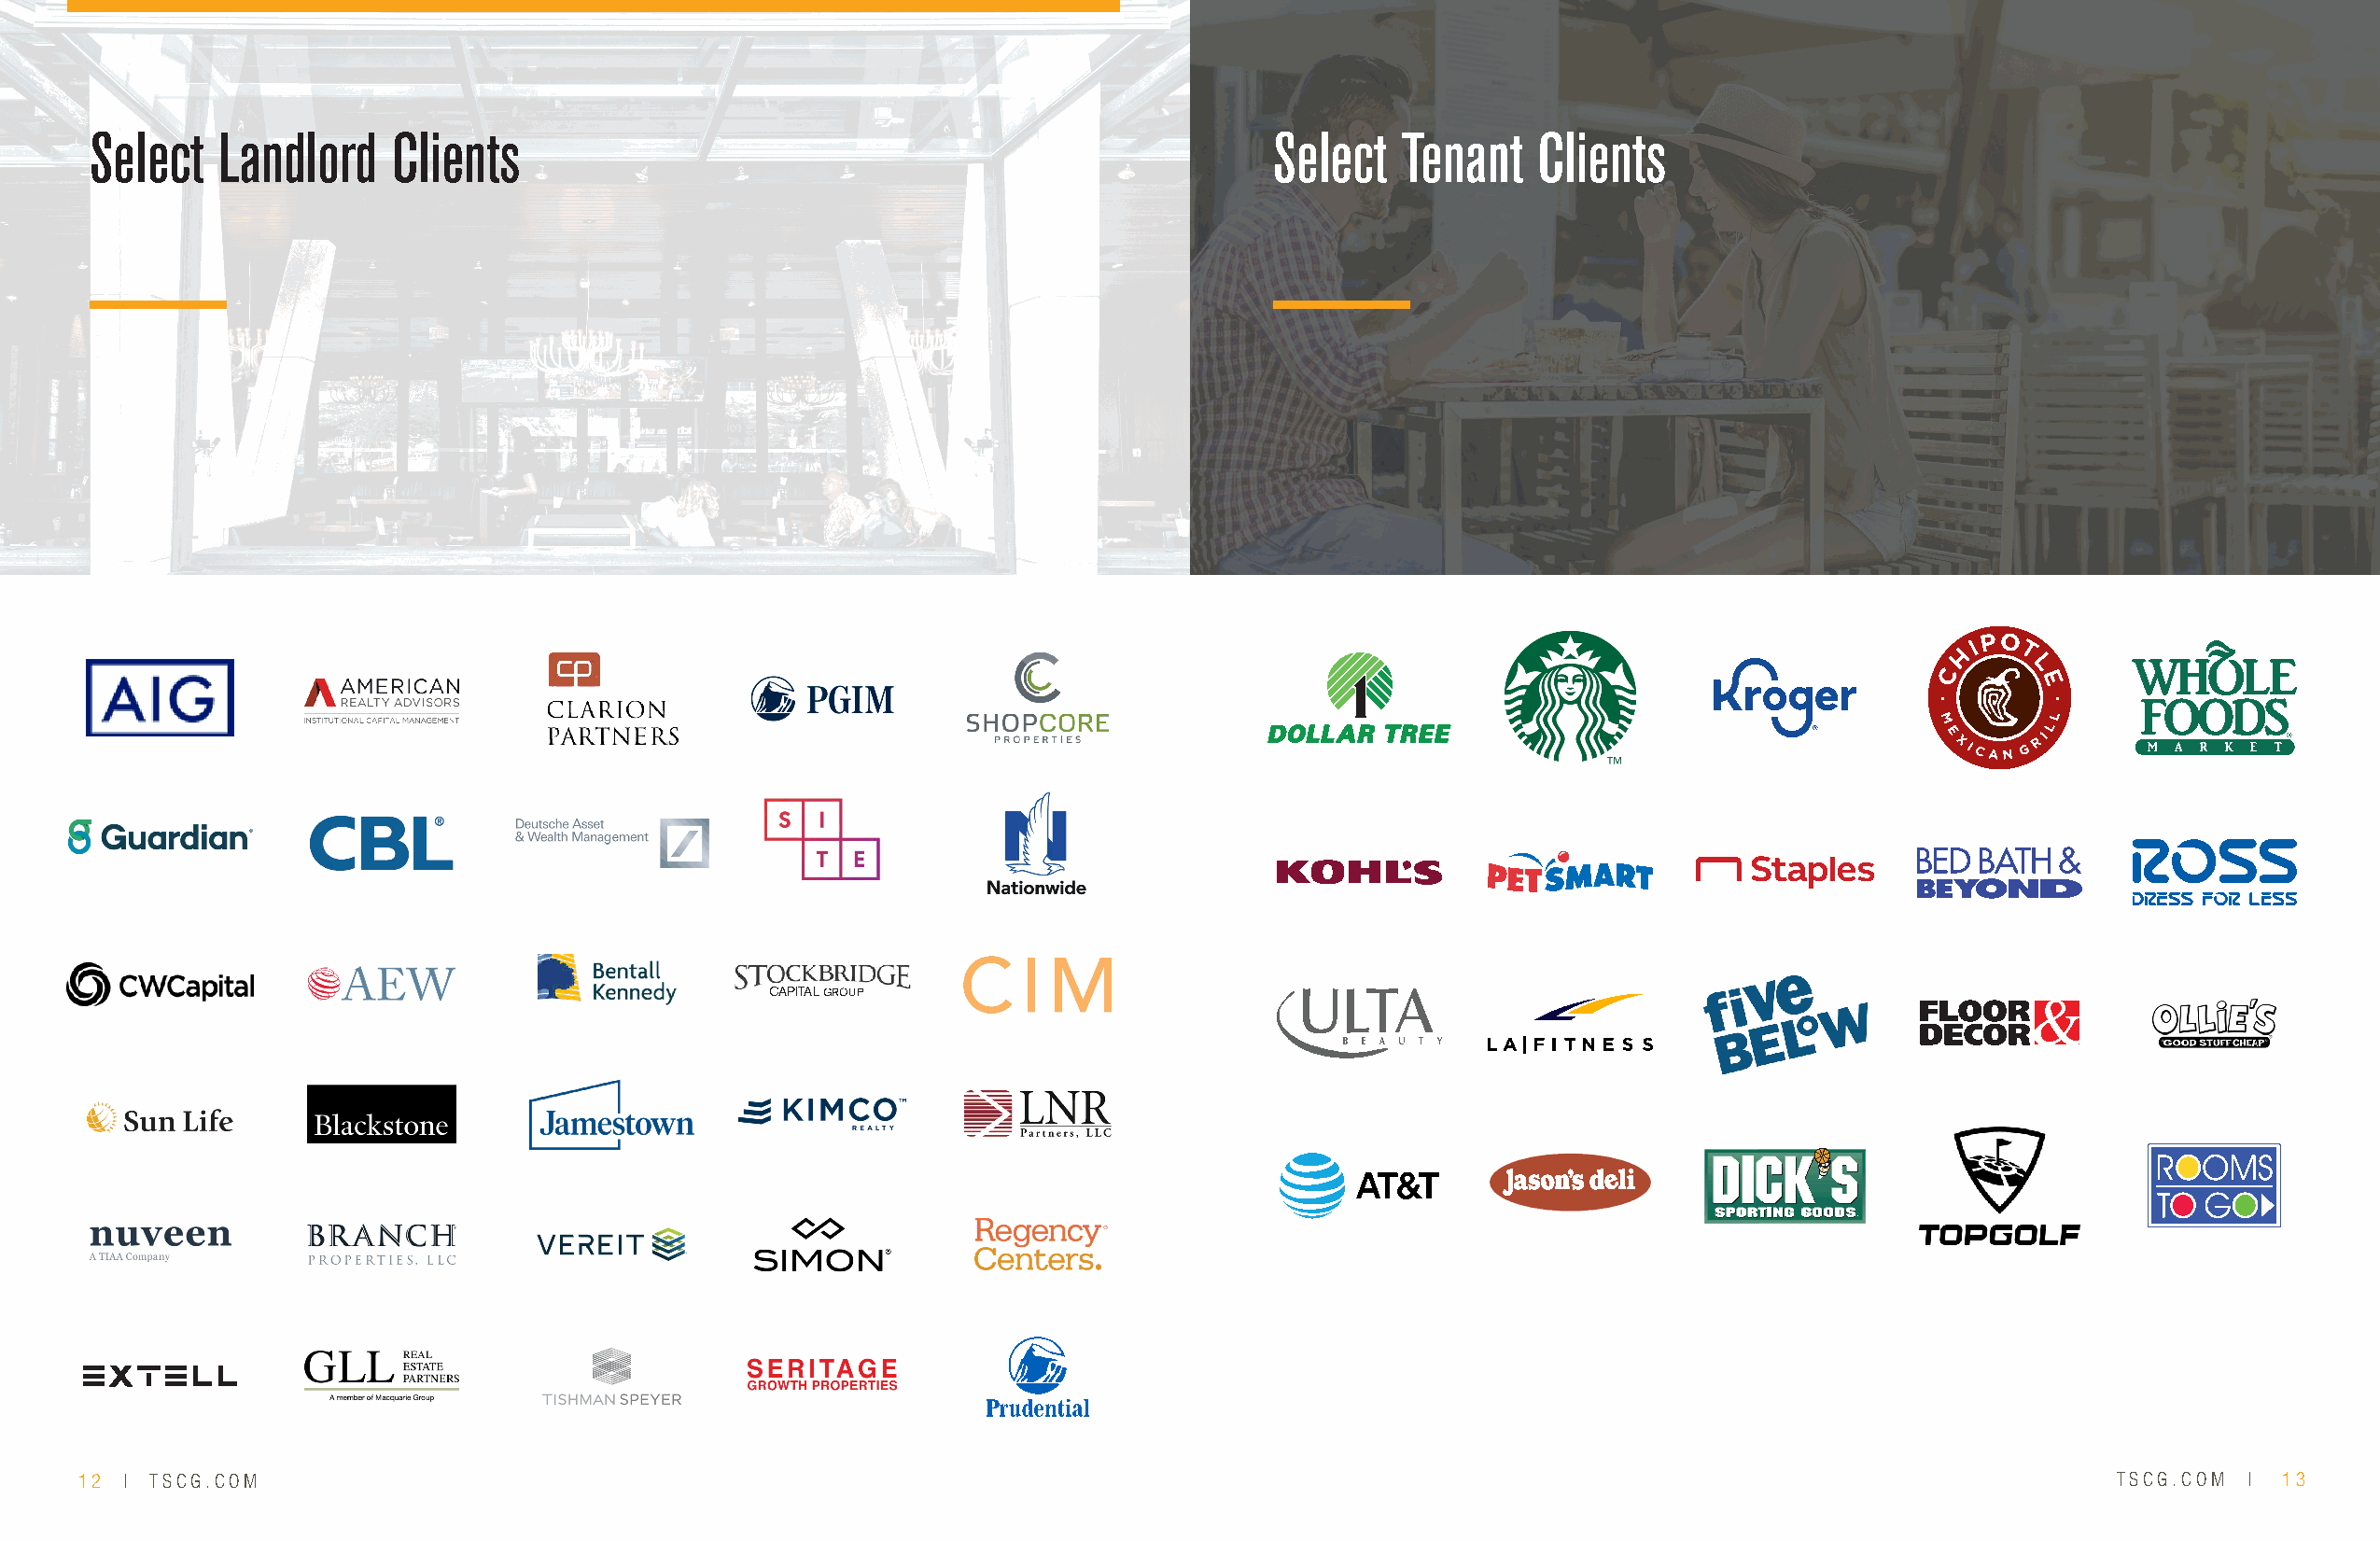
Select   Landlord     Clients                                                       Select   Tenant    Clients
 CAPITAL GROUP
 12 | TSCG.COM                                                                                                                                   TSCG.COM |  13